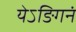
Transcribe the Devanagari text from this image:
येऽङिगनं